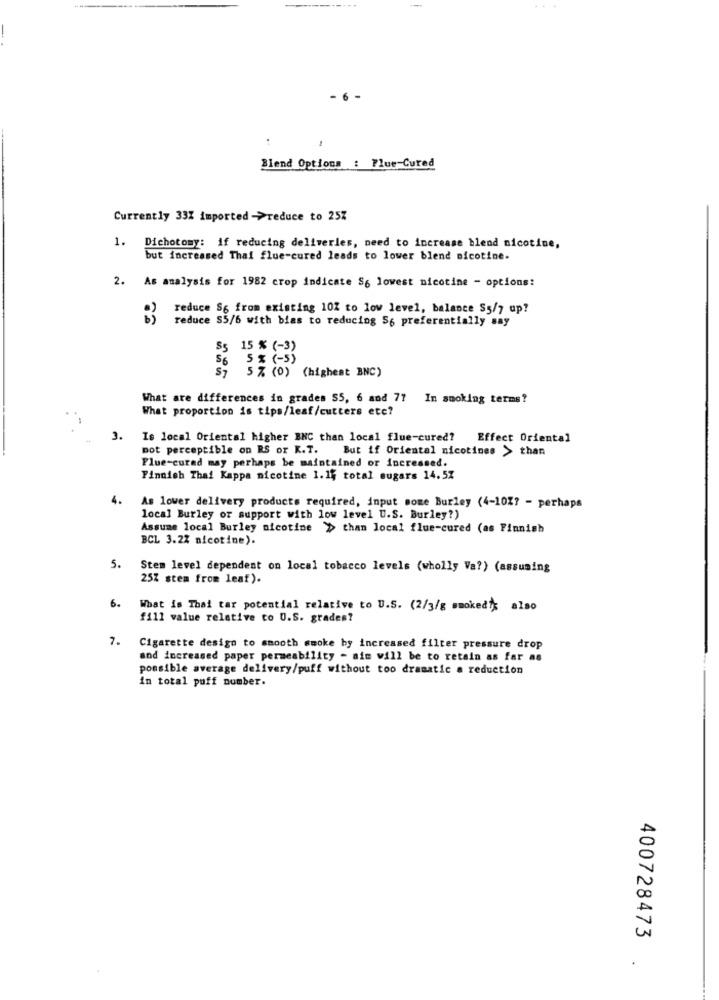
Blend Options : Flue Cured
Currently 33% imported ->reduce to 25%
1. Dichotomy: if reducing deliverles, need to increase blend nicotine,
but increased Thai flue-cured leads to lower blend nicotine.
2. As analysis for 1982 crop indicate S6 lowest nicotine - options:
reduce S6 from existing 10Z to low level, balance $5/7 up?
reduce S5/6 with bias to reducing 56 preferentially say
$5 15 % (-33
S1 5 % (0) (highest BNC)
6 5
What are differences in grades S5, 6 and 77 In smoking terms?
What proportion is tips/leaf/cutters etc?
3.
Is local Oriental higher BNC than local flue-cured? Effect Oriental
pot perceptible on RS or K.T.
But if Oriental nicotines > than
Flue-curad may perhaps be maintained or increased.
Finnish Thai Kappa nicotine 1.15 total sugars 14.5%
4.
As lower delivery products required, input some Burley (4-1027 - perhaps
local Burley or support with low level U.S. Burley?)
Assume local Burley nicotine > than local flue-cured (as Finnish
BCL 3.2% nicotine).
5.
Stem level dependent on local tobacco levels (wholly Va?) (assuming
25% stem from leaf).
6.
What is That tar potential relative to U.S. (2/3/g smoked's also
fill value relative to U.S. grades?
7.
Cigarette design to smooth smoke by increased filter pressure drop
and increased paper permeability - aim will be to retain as far as
possible average delivery/puff without too dramatic a reduction
in total puff number.
400728473
.